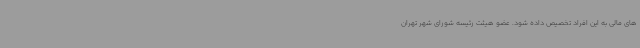
های مالی به این افراد تخصیص داده شود. عضو هیئت رئیسه شورای شهر تهران